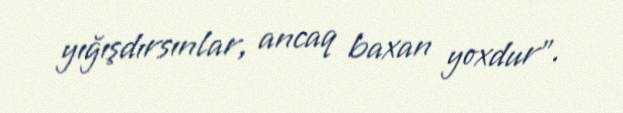
yığışdırsınlar, ancaq baxan yoxdur”.